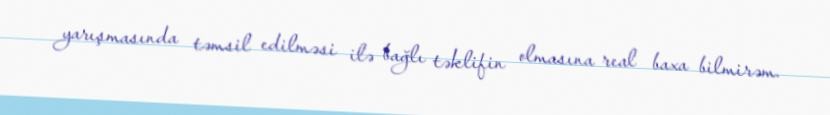
yarışmasında təmsil edilməsi ilə bağlı təklifin olmasına real baxa bilmirəm.